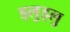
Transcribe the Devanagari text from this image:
ड्लुड्लु